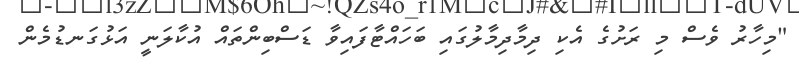
"މިހާރު ވެސް މި ރަށުގެ އެކި ދިމާދިމާލުގައި ބަހައްޓާފައިވާ ޑަސްބިންތައް އުކާލަނީ އަޅުގަނޑުމެން